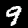
Label: 9